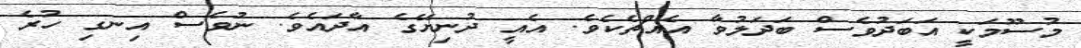
މުސޫމަކީ އަބަދުވެސް ބަދަލުވާ އެއްޗެކެވެ. އެއީ ދުނިޔޭގެ އާދައެވެ. ނުވެސް އިނގި ހުރެ